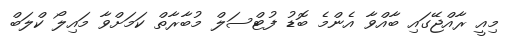
މިއީ ރާއްޖޭގައި ބާއްވާ އެންމެ ބޮޑު ފުޓްސަލް މުބާރާތް ކަމަށްވާ މައިލޯ ކްލަބް